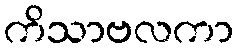
ကိသာဗလကာ